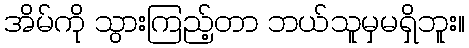
အိမ်ကို သွားကြည့်တာ ဘယ်သူမှမရှိဘူး။